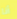
أنا